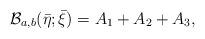
LaTeX: \begin{gather*}\mathcal{B}_{a,b}(\bar \eta; \bar \xi) = A_1 + A_2 + A_3,\end{gather*}